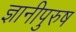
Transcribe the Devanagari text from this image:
ज्ञानीपुरुष